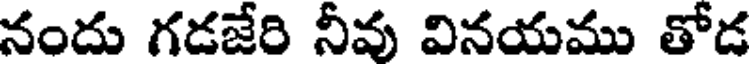
నందు గడజేరి నీవు వినయము తోడ